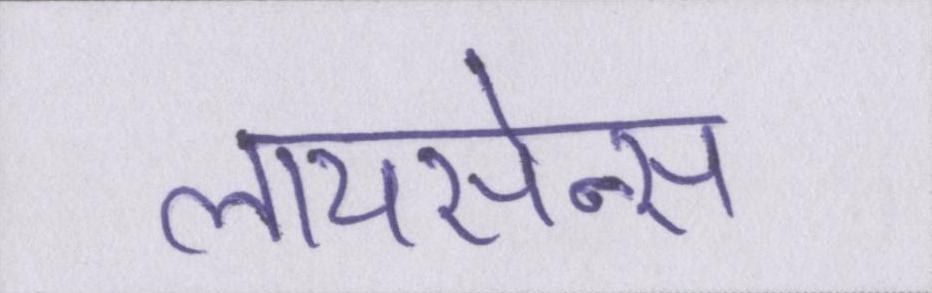
लायसेन्स